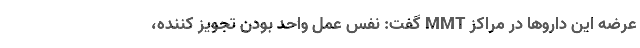
عرضه این دارو‌ها در مراکز MMT گفت: نفس عمل واحد بودن تجویز کننده،